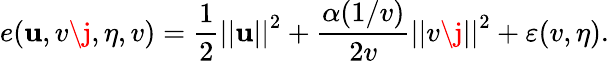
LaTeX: e(\mathbf{u},v\j,\eta,v)=\frac{1}{2}\left\vert\left\vert\mathbf{u}\right\vert\right\vert^{2}+\frac{\alpha(1/v)}{2v}\left\vert\left\vert v\j\right\vert\right\vert^{2}+\varepsilon(v,\eta).